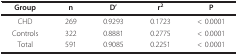
| Group | n | D' | r2 | P |
 | --- | --- | --- | --- | --- |
 | CHD | 269 | 0.9293 | 0.1723 | < 0.0001 |
 | Controls | 322 | 0.8881 | 0.2775 | < 0.0001 |
 | Total | 591 | 0.9085 | 0.2251 | < 0.0001 |